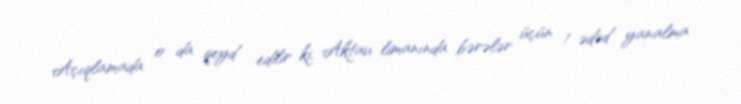
Açıqlamada o da qeyd edilir ki, Aktau limanında bərələr üçün 1 ədəd yanalma